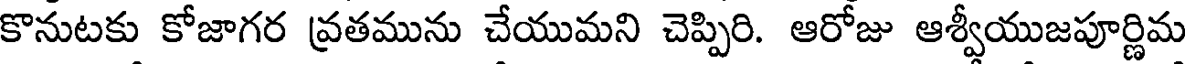
కొనుటకు కోజాగర వ్రతమును చేయుమని చెప్పిరి. ఆరోజు ఆశ్వీయుజపూర్ణిమ